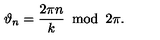
\vartheta _ { n } = \frac { 2 \pi n } { k } \: \bmod \: 2 \pi .